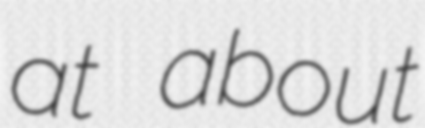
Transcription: at about